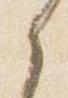
之